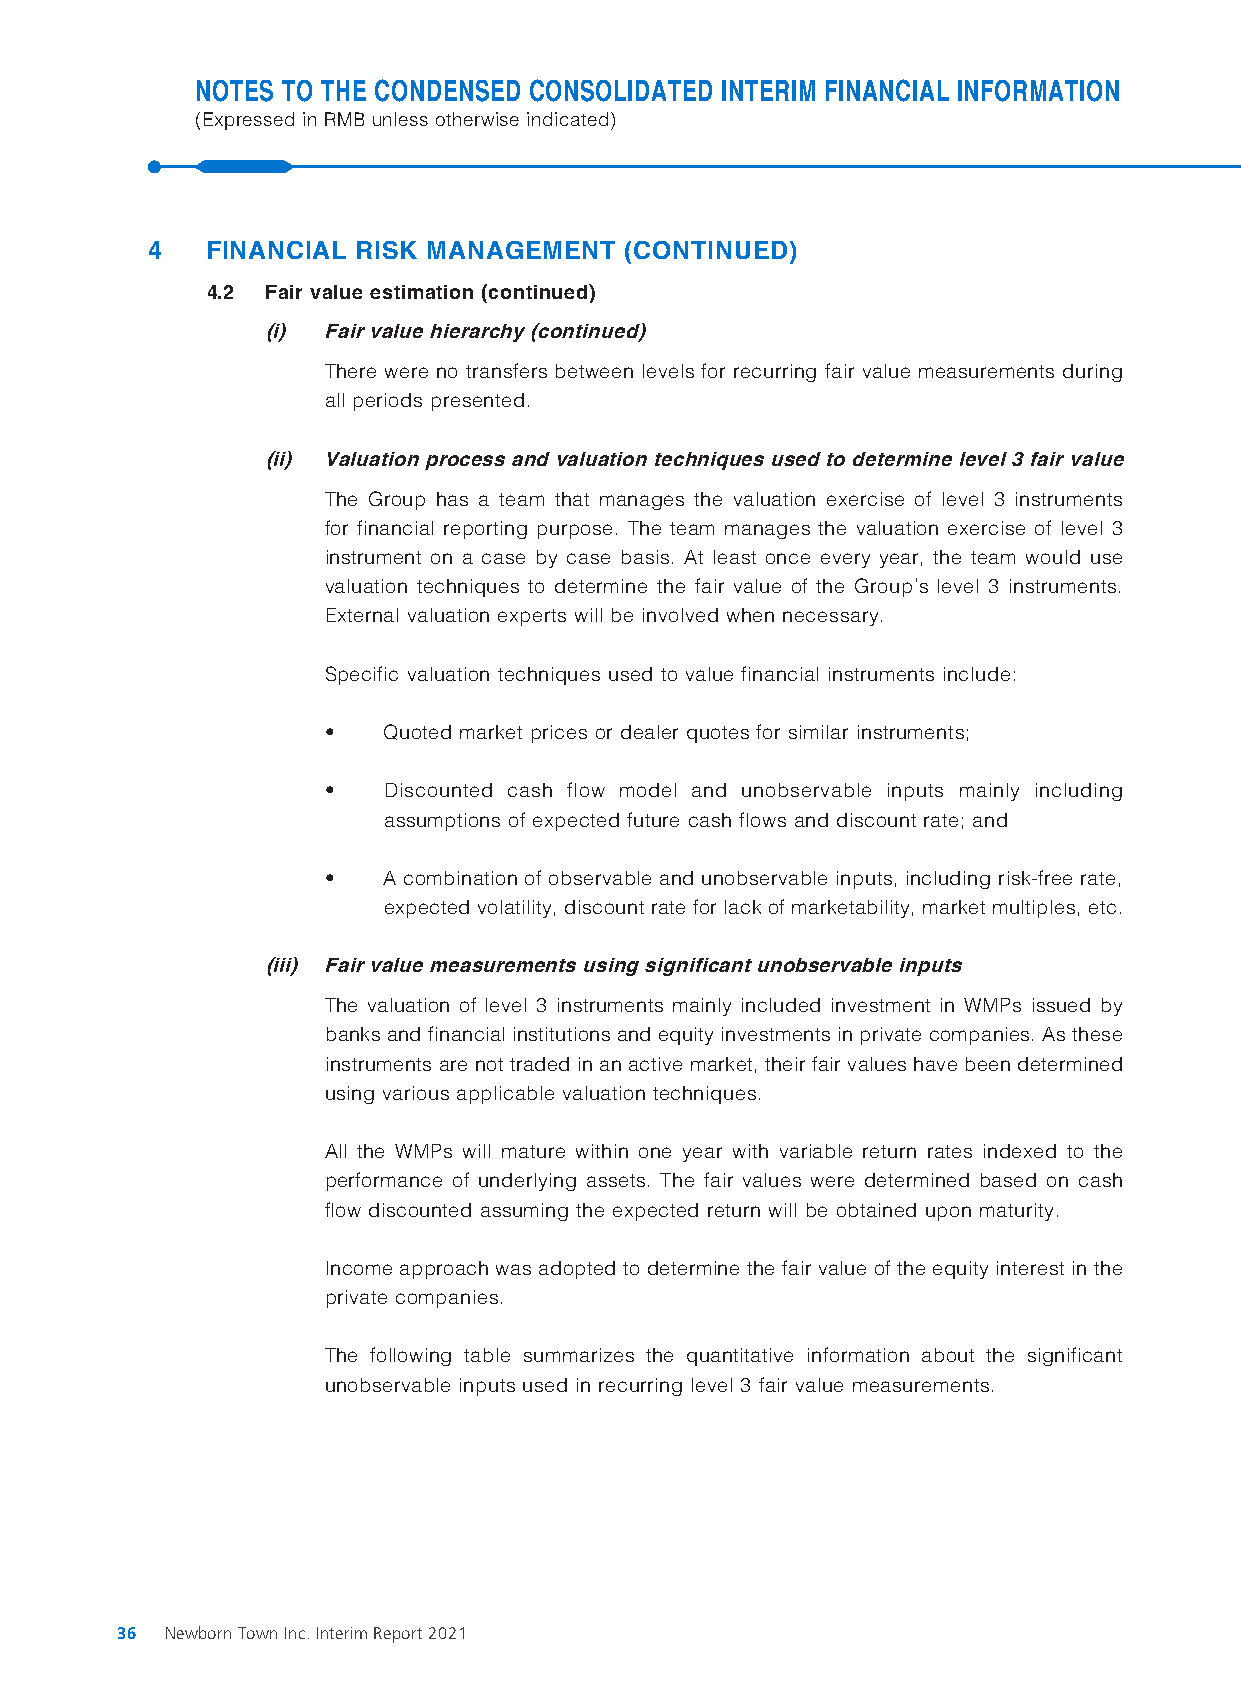
NOTES TO THE CONDENSED CONSOLIDATED INTERIM FINANCIAL INFORMATION
 (Expressed in RMB unless otherwise indicated)
 4   FINANCIAL RISK MANAGEMENT  (CONTINUED)
 4.2 Fair value estimation (continued)
 (i) Fair value hierarchy (continued)
 There were no transfers between levels for recurring fair value measurements during
 all periods presented.
 (ii) Valuation process and valuation techniques used to determine level 3 fair value
 The Group has a team that manages the valuation exercise of level 3 instruments
 for financial reporting purpose. The team manages the valuation exercise of level 3
 instrument on a case by case basis. At least once every year, the team would use
 valuation techniques to determine the fair value of the Group’s level 3 instruments.
 External valuation experts will be involved when necessary.
 Specific valuation techniques used to value financial instruments include:
 •  Quoted market prices or dealer quotes for similar instruments;
 •  Discounted cash flow model and unobservable inputs mainly including
 assumptions of expected future cash flows and discount rate; and
 •  A combination of observable and unobservable inputs, including risk-free rate,
 expected volatility, discount rate for lack of marketability, market multiples, etc.
 (iii) Fair value measurements using significant unobservable inputs
 The valuation of level 3 instruments mainly included investment in WMPs issued by
 banks and financial institutions and equity investments in private companies. As these
 instruments are not traded in an active market, their fair values have been determined
 using various applicable valuation techniques.
 All the WMPs will mature within one year with variable return rates indexed to the
 performance of underlying assets. The fair values were determined based on cash
 flow discounted assuming the expected return will be obtained upon maturity.
 Income approach was adopted to determine the fair value of the equity interest in the
 private companies.
 The following table summarizes the quantitative information about the significant
 unobservable inputs used in recurring level 3 fair value measurements.
 36 Newborn Town Inc. Interim Report 2021